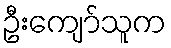
ဦးကျော်သူက